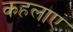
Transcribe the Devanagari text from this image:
कहलाएं